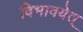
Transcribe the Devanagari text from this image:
विभावयेत्